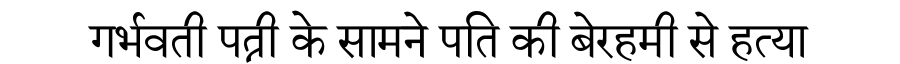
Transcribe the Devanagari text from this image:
गर्भवती पत्नी के सामने पति की बेरहमी से हत्या